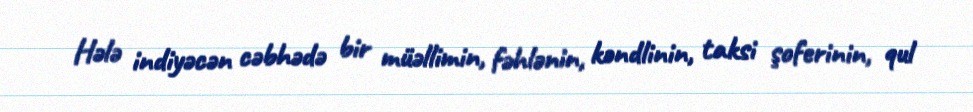
Hələ indiyəcən cəbhədə bir müəllimin, fəhlənin, kəndlinin, taksi şoferinin, qul